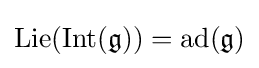
\operatorname {Lie} (\operatorname {Int} ({\mathfrak {g}}))=\operatorname {ad} ({\mathfrak {g}})